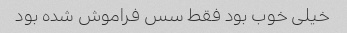
خیلی خوب بود فقط سس فراموش شده بود